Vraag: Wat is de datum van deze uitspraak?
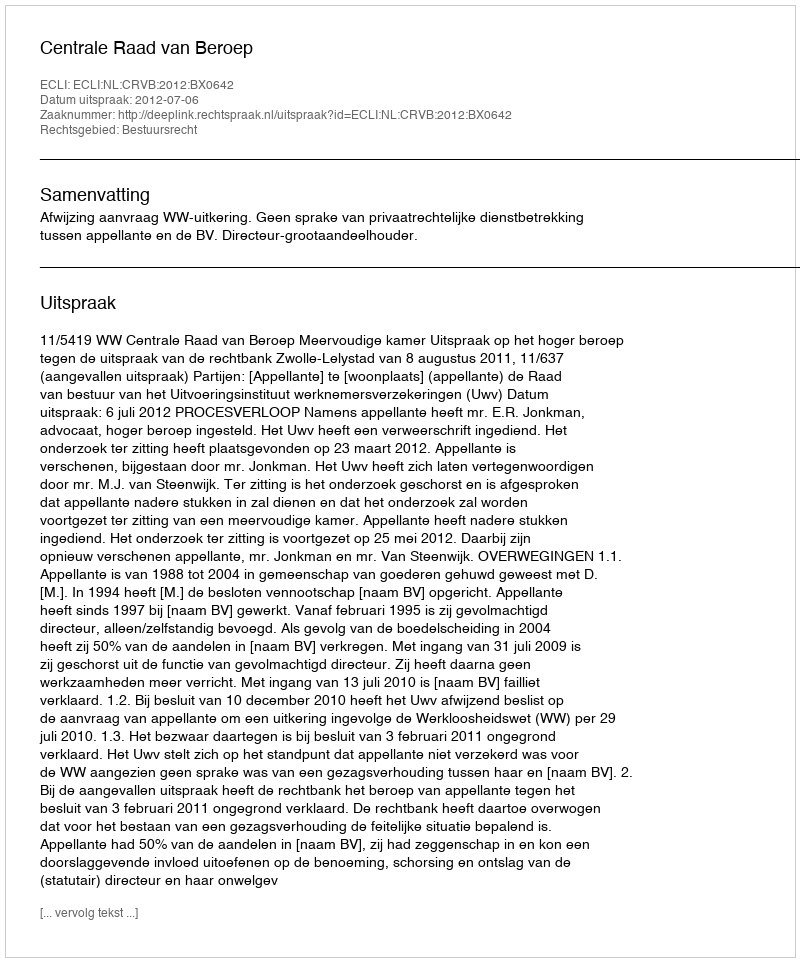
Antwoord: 2012-07-06